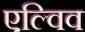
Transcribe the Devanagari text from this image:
एल्विव